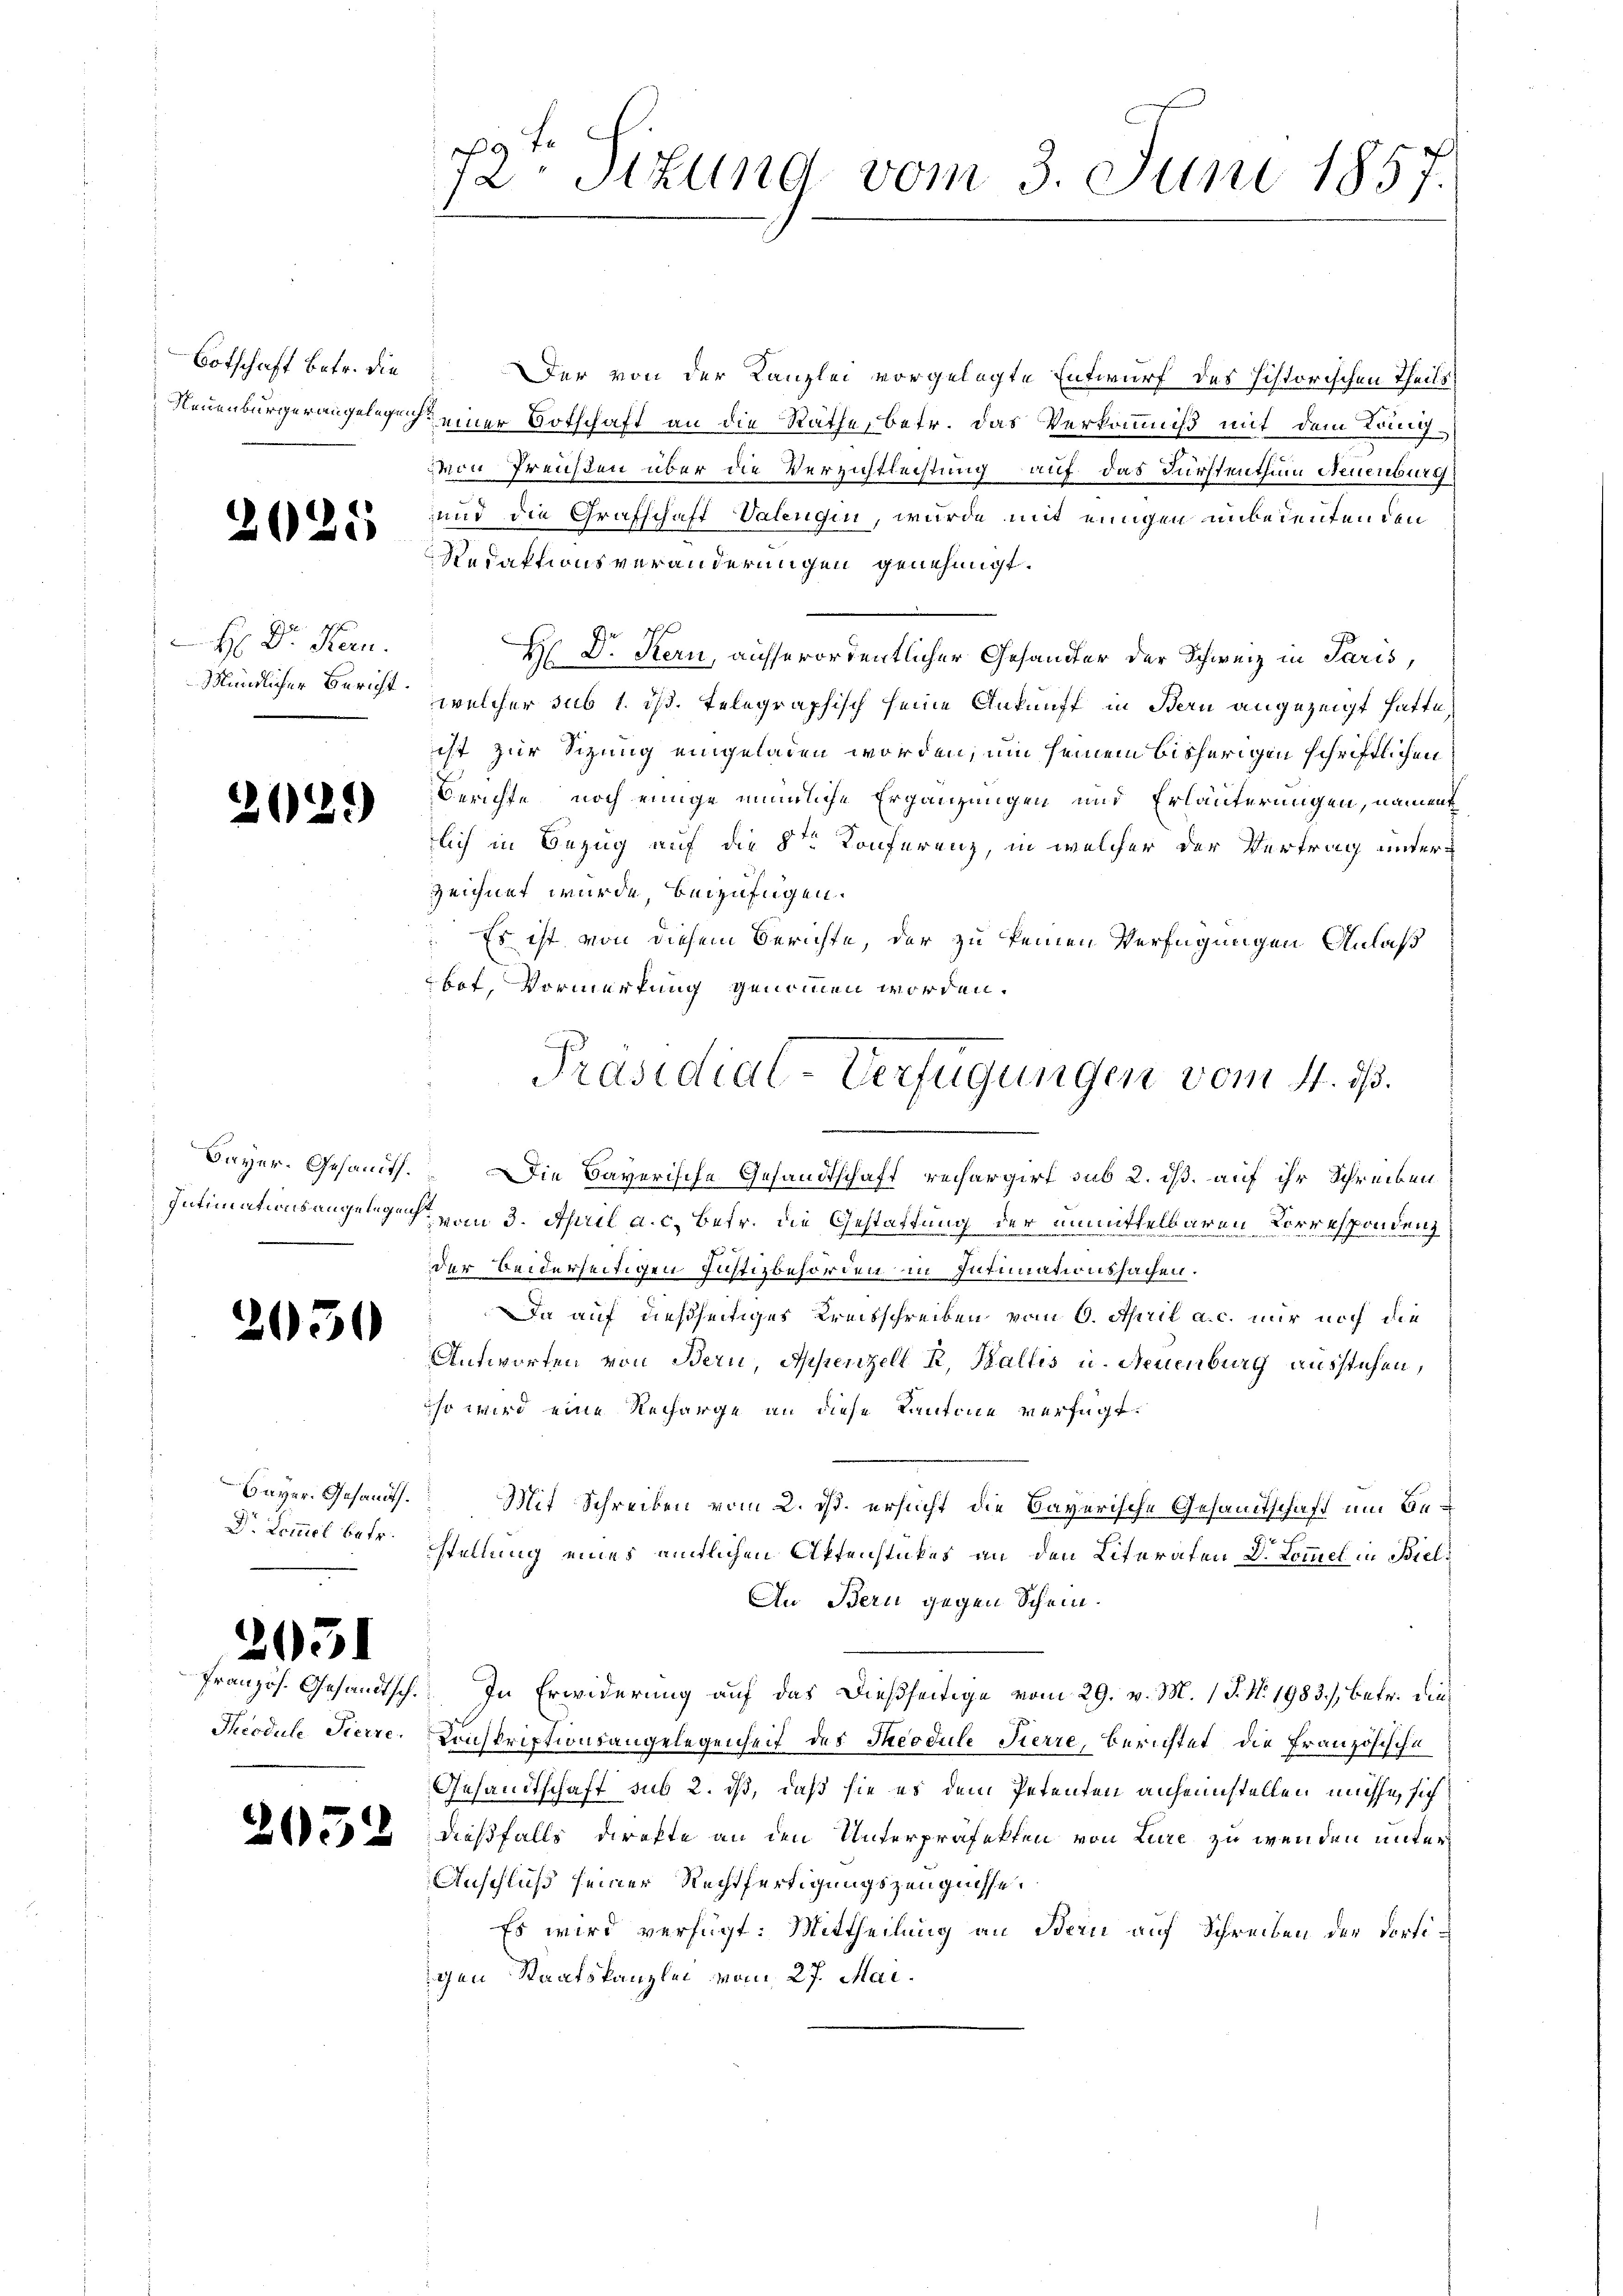
Botschaft betr. die

2025

H Dr. Kern.
Mändlicher Bericht.

2029

2050

Dr Lommel betr.

2051

f
e
72. Sitzung vom 3. Juni 1857.

Der von der Kanzlei vorgelegte Entwurf des historischen Theils
Neuenburgerangelege einer Botschaft an die Räthe, betr. das Verkommiß mit dem Langvon Preisen über die Verzichtleistung auf das Fürstenthum Neuenburg
und die Grafschaft Valengen, wurde mit einigen unbedeutenden
Redaktionsveränderungen genehmigt.
H Dr. Kern, ausserordentlicher Gesandter der Schweiz in Paris,
welcher sub 1. ds. telegraphisch seine Ankunft in Bern angezeigt hatte,
ist zur Sitzung eingeladen worden, um seinem bisherigen schriftlichen
Berichte noch einige nemliche Ergänzungen und Erläuterungen, nament
lich in Bezug auf die 8ten Konferenz, in welcher der Vertrag unterzeichnet wurde, beizufügen.
 Es ist von diesem Berichte, der zu keinen Verfügungen Anlaß
bot, Vormerkung genommen worden.
Bayer-Gesant. Die Bayerische Gesandtschaft rechargirt sub 2. ist, auf ihr Schreiben
Intimationsangelegen vom 3. April a. c. betr. die Gestattung der unmittelbaren Vorrespondung
der Beiderseitigen Justizbehörden in Intimationssachen.
Da auf dießseitiges Kreisschreiben vom 6. April a. c. nur noch die
Antworten von Bern, Appenzell k. Wallis u. Neuenburg ausstehen,
so wird eine Recharge an diese Kantone verfügt:
bayer. Gesandt. Mit Schreiben vom 2. ds. ersucht die Bayerische Gesammtschaft um Beerweisen
stellung eines eitlichen Aktenstückes an den Literaten Dr. Kommel in Biel¬
An Bern gegen Schein.
Französ. Gesandtsch. In Erwiderung auf das dießseitige vom 29. v. M. 1 J. No. 1983), betr. die
Theodule Tierre. Konskriptionsangelegenheit des Theodule Tierre, Berichtet die Französische
Gesandtschaft sub 2. ds, daß sie es dem Petenten anheimstellen müsse, sich
e u dießfalls direkte an den Unterpräfekten von Lure zu wenden unter
Anschluß seiner Rechtfertigungszeugnisse.
Es wird verfügt: Mittheilung an Bern auf Schreiben der dortigen Staatskanzlei vom 27. Mai.

Präsidial-Verfügungen vom 4. ds.